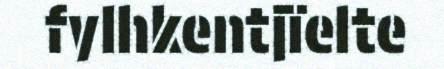
fylhkentjïelte